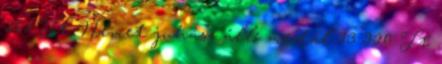
205 Ft Német juhász álló medál 13 920 Ft